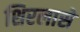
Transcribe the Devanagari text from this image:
शिरलासे